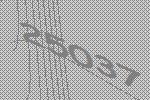
25037